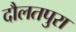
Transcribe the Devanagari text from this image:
दौलतपुरा